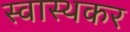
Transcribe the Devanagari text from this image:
स्वास्थकर